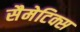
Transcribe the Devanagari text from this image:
सैमेटिक्स